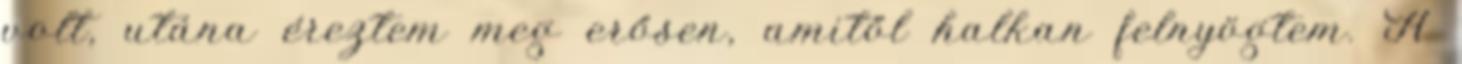
volt, utána éreztem meg erősen, amitől halkan felnyögtem. A